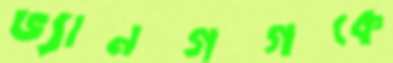
ভ্যানগগকে